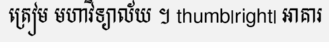
ត្រៀម មហាវិទ្យាល័យ ។ thumb|right| អាគារ